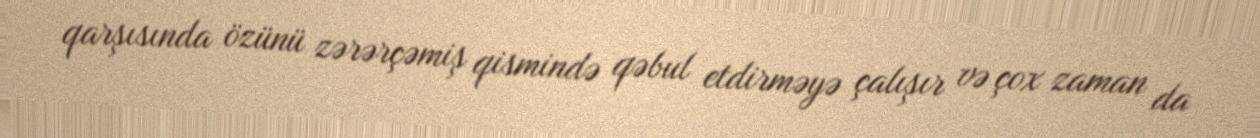
qarşısında özünü zərərçəmiş qismində qəbul etdirməyə çalışır və çox zaman da